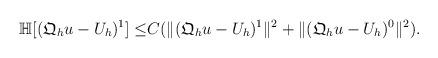
LaTeX: \begin{align*}\mathbb{H}[(\mathfrak{Q}_hu-U_{h})^{1}]\leq & C(\|(\mathfrak{Q}_hu-U_{h})^{1}\|^2+\|(\mathfrak{Q}_hu-U_{h})^{0}\|^2).\end{align*}